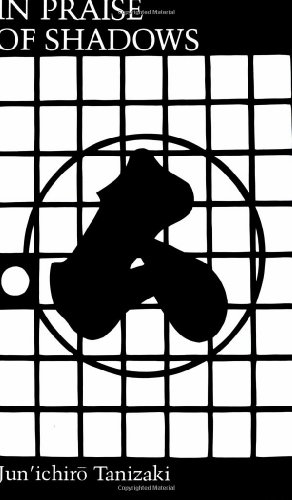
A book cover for In Praise of Shadows; Junichiro Tanizaki; Literature & Fiction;